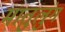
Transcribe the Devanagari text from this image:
मातुलुंग